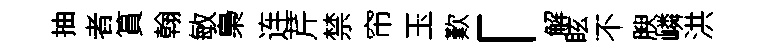
抽者篔翰敏梟连芹禁帘玉歎「解眩不腴嶙洪